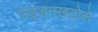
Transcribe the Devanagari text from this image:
उड़्डनखटोले